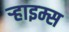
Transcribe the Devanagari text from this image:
र्‍हाइम्स